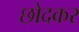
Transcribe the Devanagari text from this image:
छोदकर